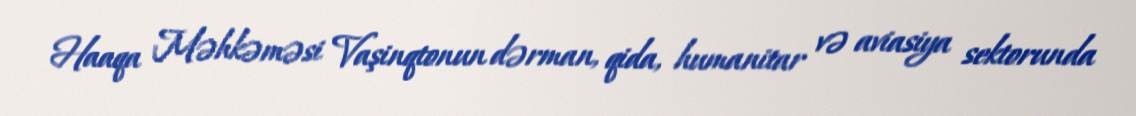
Haaqa Məhkəməsi Vaşinqtonun dərman, qida, humanitar və aviasiya sektorunda